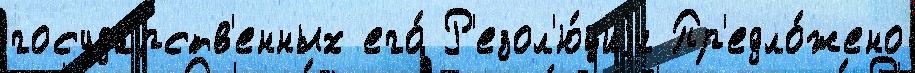
госуда́рств'енных его́ Р'езол'ю́циjи Пр'едло́жено